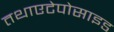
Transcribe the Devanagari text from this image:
तथाएटेपोसाइड